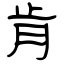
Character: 肯